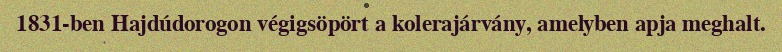
1831-ben Hajdúdorogon végigsöpört a kolerajárvány, amelyben apja meghalt.